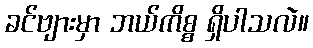
ခင်ဗျားမှာ ဘယ်ကိစ္စ ရှိပါသလဲ။